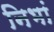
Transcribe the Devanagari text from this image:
निभां